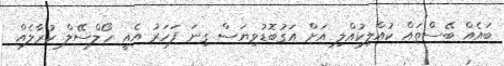
ބައެއް ބޭސްތައް ކުއްލިކުއްލި އަށް އަގުބޮޑުވިޔަސް ގިނަ ފަހަރު އެއީ ހޯލްސޭލް ކުރާލެއް